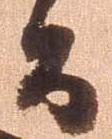
間